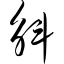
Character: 斛